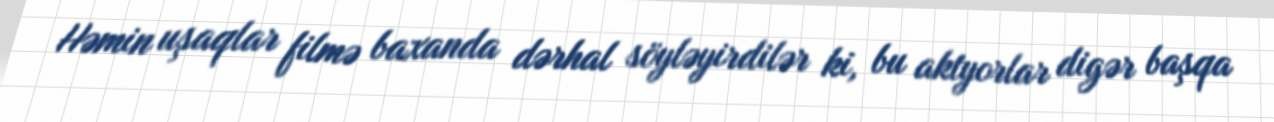
Həmin uşaqlar filmə baxanda dərhal söyləyirdilər ki, bu aktyorlar digər başqa